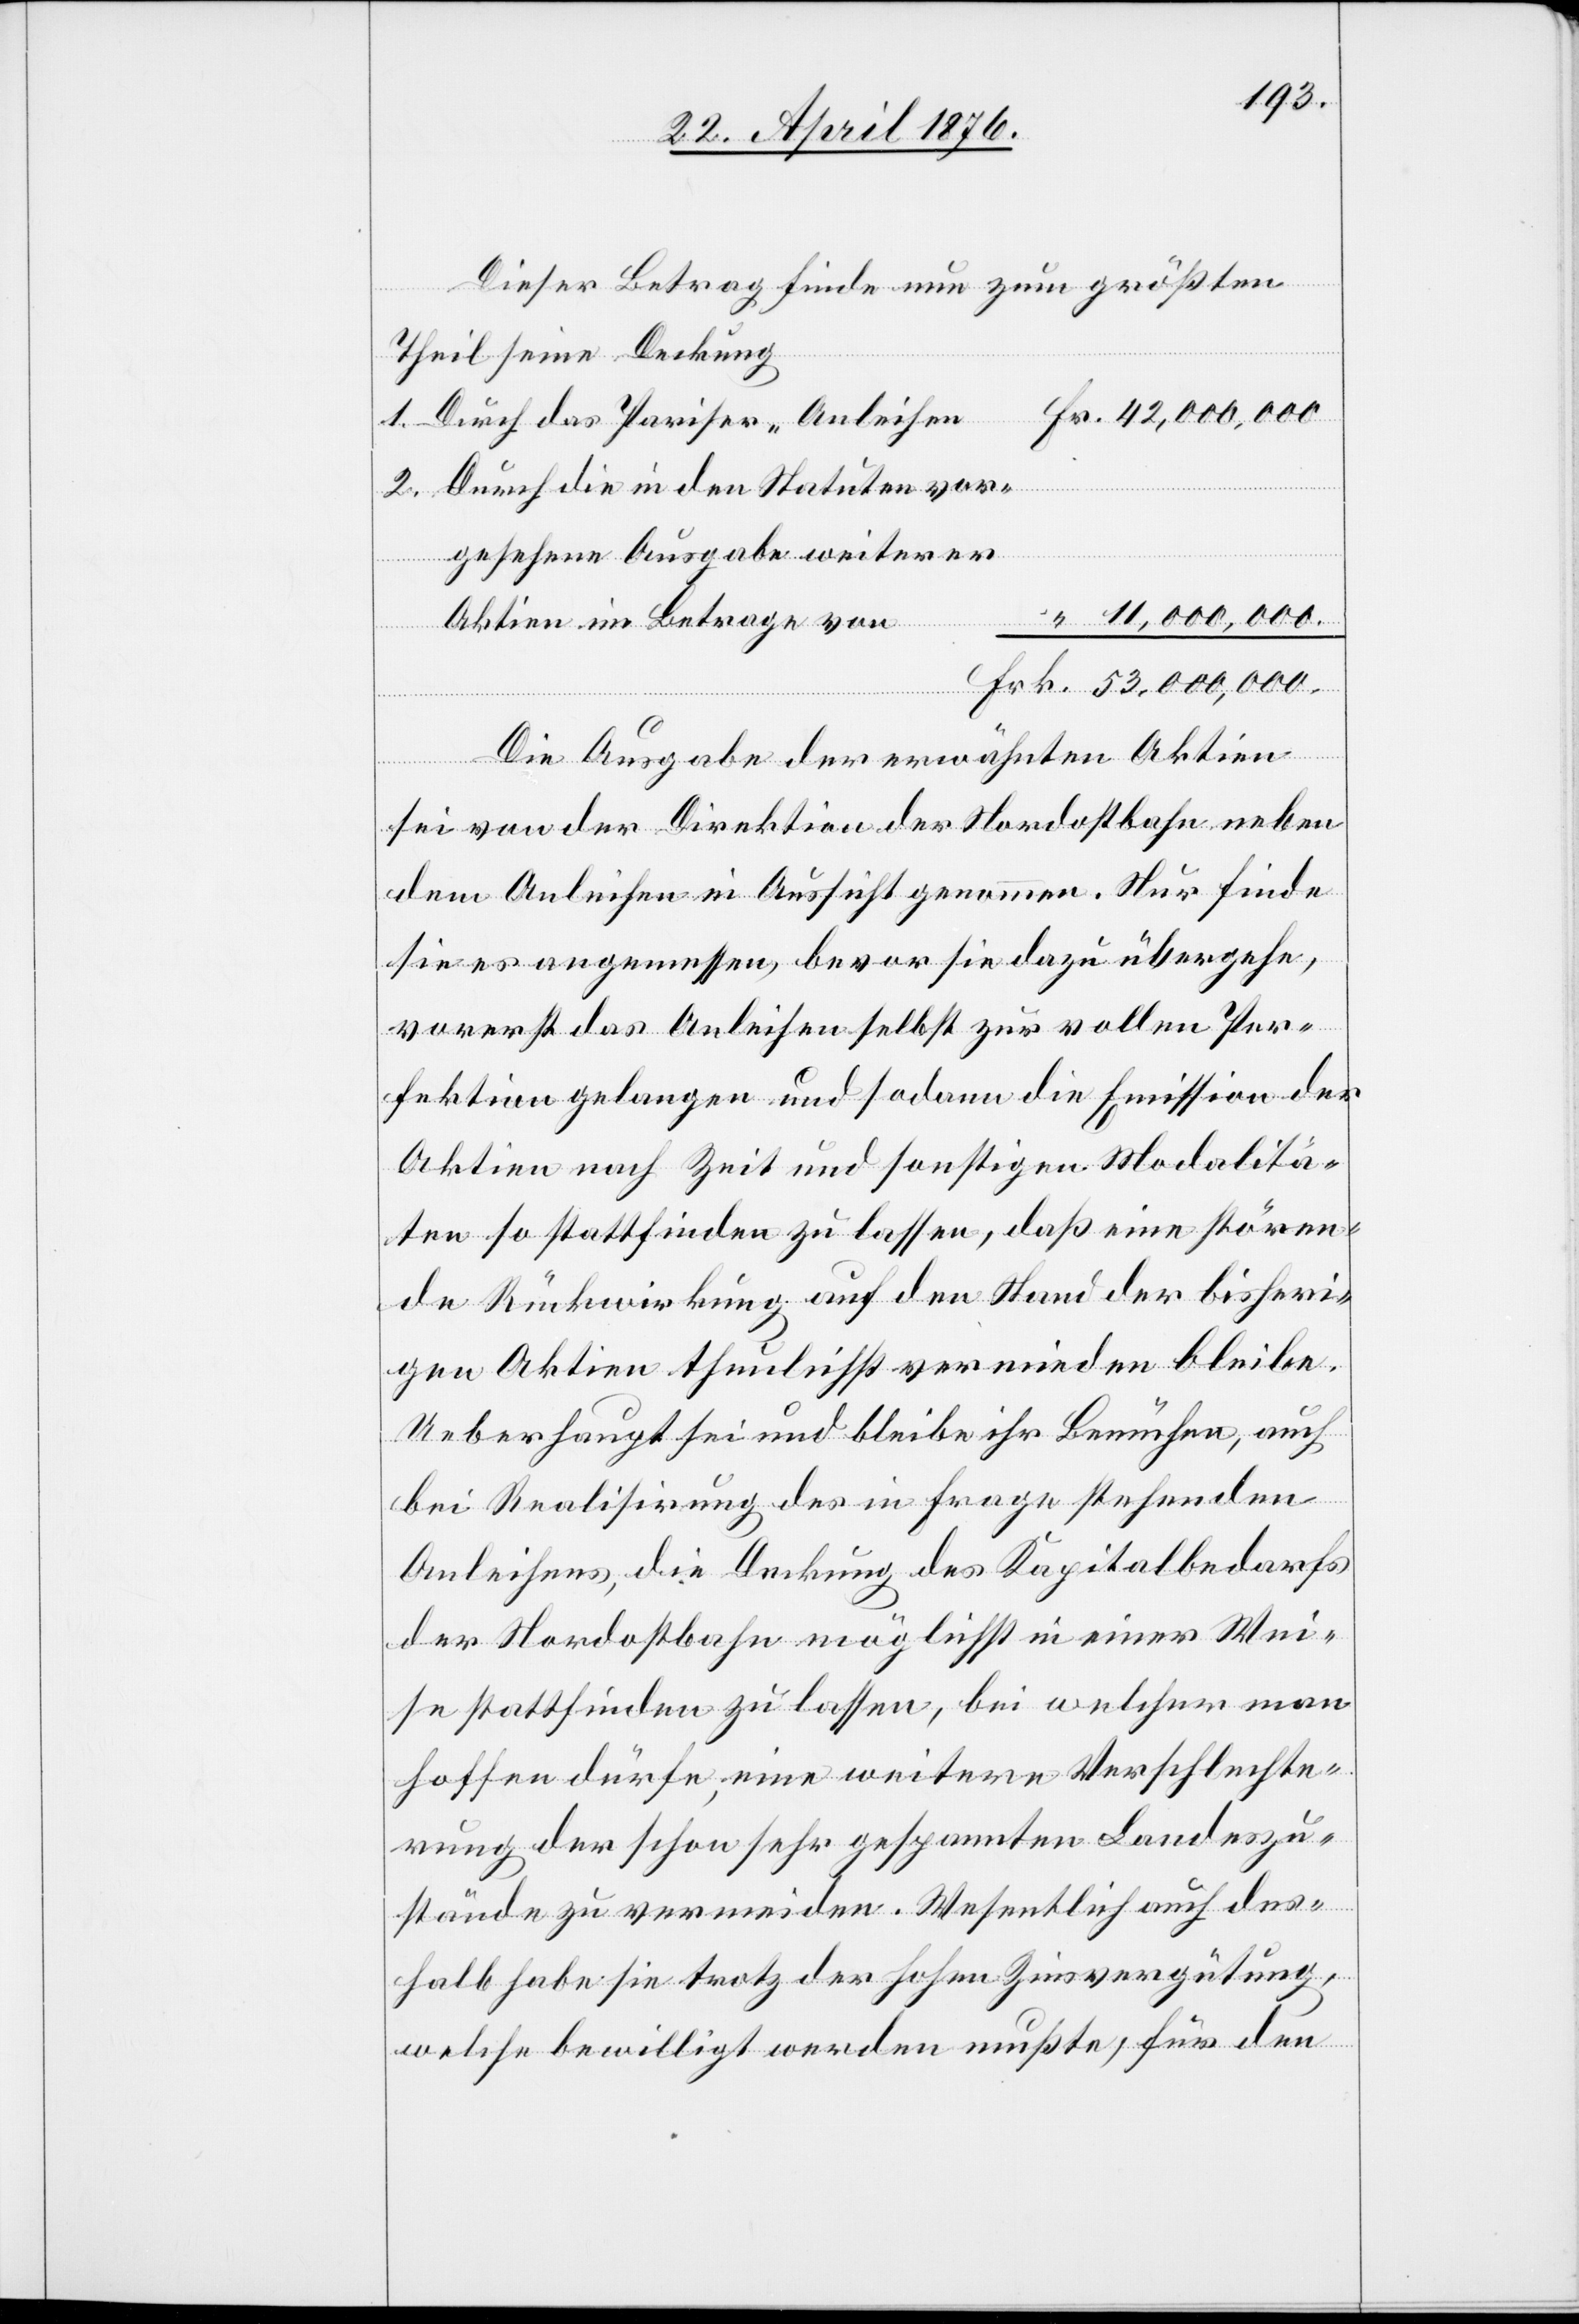
Dieser Betrag finde nun zum größten
Theil eine Deckung
1. Durch das Pariser Anleihen
2. Durch die in den Statuten vor¬
gesehene Ausgabe weiterer
Frk.
53,000,000.
Aktien im Betrage von
Die Ausgabe der erwähnten Aktien
sei von der Direktion der Nordostbahn neben
dem Anleihen in Aussicht genommen. Nur finde
sie es angemessen, bevor sie dazu übergehe,
vorerst das Anleihen selbst zur vollen Per¬
fektion gelangen und sodann die Emission der
Aktien nach Zeit und sonstigen Modalitä¬
ten so stattfinden zu lassen, das eine stören¬
de Rückwirkung auf den Stand der bisheri¬
gen Aktien thunlichst vermieden bleibe.
Ueberhaupt sei und bleibe ihr Bemühen, auch
bei Realisirung des in Frage stehenden
Anleihens, die Deckung des Kapitalbedarfs
der Nordostbahn möglichst in einer Wei¬
se stattfinden zu lassen, bei welcher man
hoffen dürfe, eine weitere Verschlechte¬
rung der schon sehr gespannten Landeszu¬
stände zu vermeiden. Wesentlich auch des¬
halb habe sie trotz der hohen Zinsvergütung,
welche bewilligt werden mußte, für den